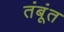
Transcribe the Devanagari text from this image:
तंबूंत